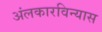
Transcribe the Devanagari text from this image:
अंलकारविन्यास